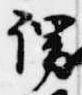
謂